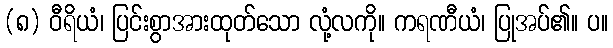
(၈) ဝီရိယံ၊ ပြင်းစွာအားထုတ်သော လုံ့လကို။ ကရဏီယံ၊ ပြုအပ်၏။ ပ။